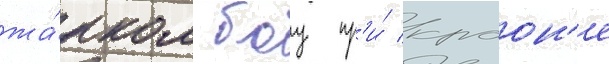
жа́рком боу пр'и́ краон'е